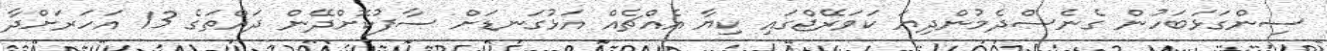
ސިންގަޅަބަހުން ގެނެސްދެމުންދިޔަ ކަވަރޭޖްގައި ކިޔާ އެއްޗެއް އަޅުގަނޑަށް ސާފުކޮށްދޭން ދައްތަގެ 13 އަހަރަށްދާ